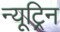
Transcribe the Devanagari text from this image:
न्यूट्रिन